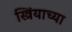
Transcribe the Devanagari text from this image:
स्त्रिंयाच्या